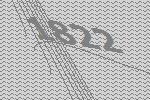
1822